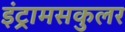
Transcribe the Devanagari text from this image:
इंट्रामसकुलर